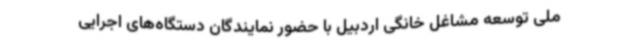
ملی توسعه مشاغل خانگی اردبیل با حضور نمایندگان دستگاه‌های اجرایی